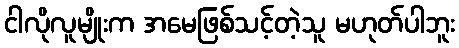
ငါလိုလူမျိုးက အမေဖြစ်သင့်တဲ့သူ မဟုတ်ပါဘူး